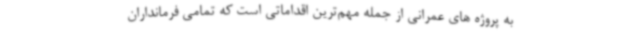
به پروژه های عمرانی از جمله مهم‌ترین اقداماتی است که تمامی فرمانداران